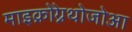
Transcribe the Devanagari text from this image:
माइक्रोग्नेथोजोआ